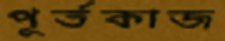
পূর্তকাজ